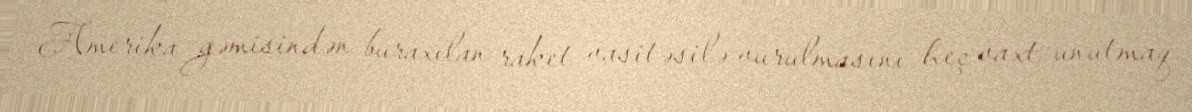
Amerika gəmisindən buraxılan raket vasitəsilə vurulmasını heç vaxt unutmaq